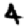
Digit: 4